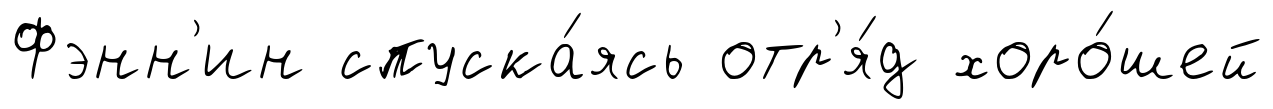
Фэнн'ин спуска́ясь отр'я́д хоро́шей